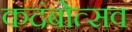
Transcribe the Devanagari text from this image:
कदंबोत्सव